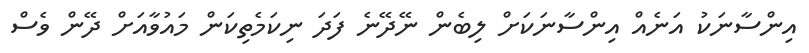
އިންސާނަކު އަނެއް އިންސާނަކަށް ލިބެން ނޭދޭނެ ފަދަ ނިކަމެތިކަން މައުވާއަށް ދޭން ވެސް